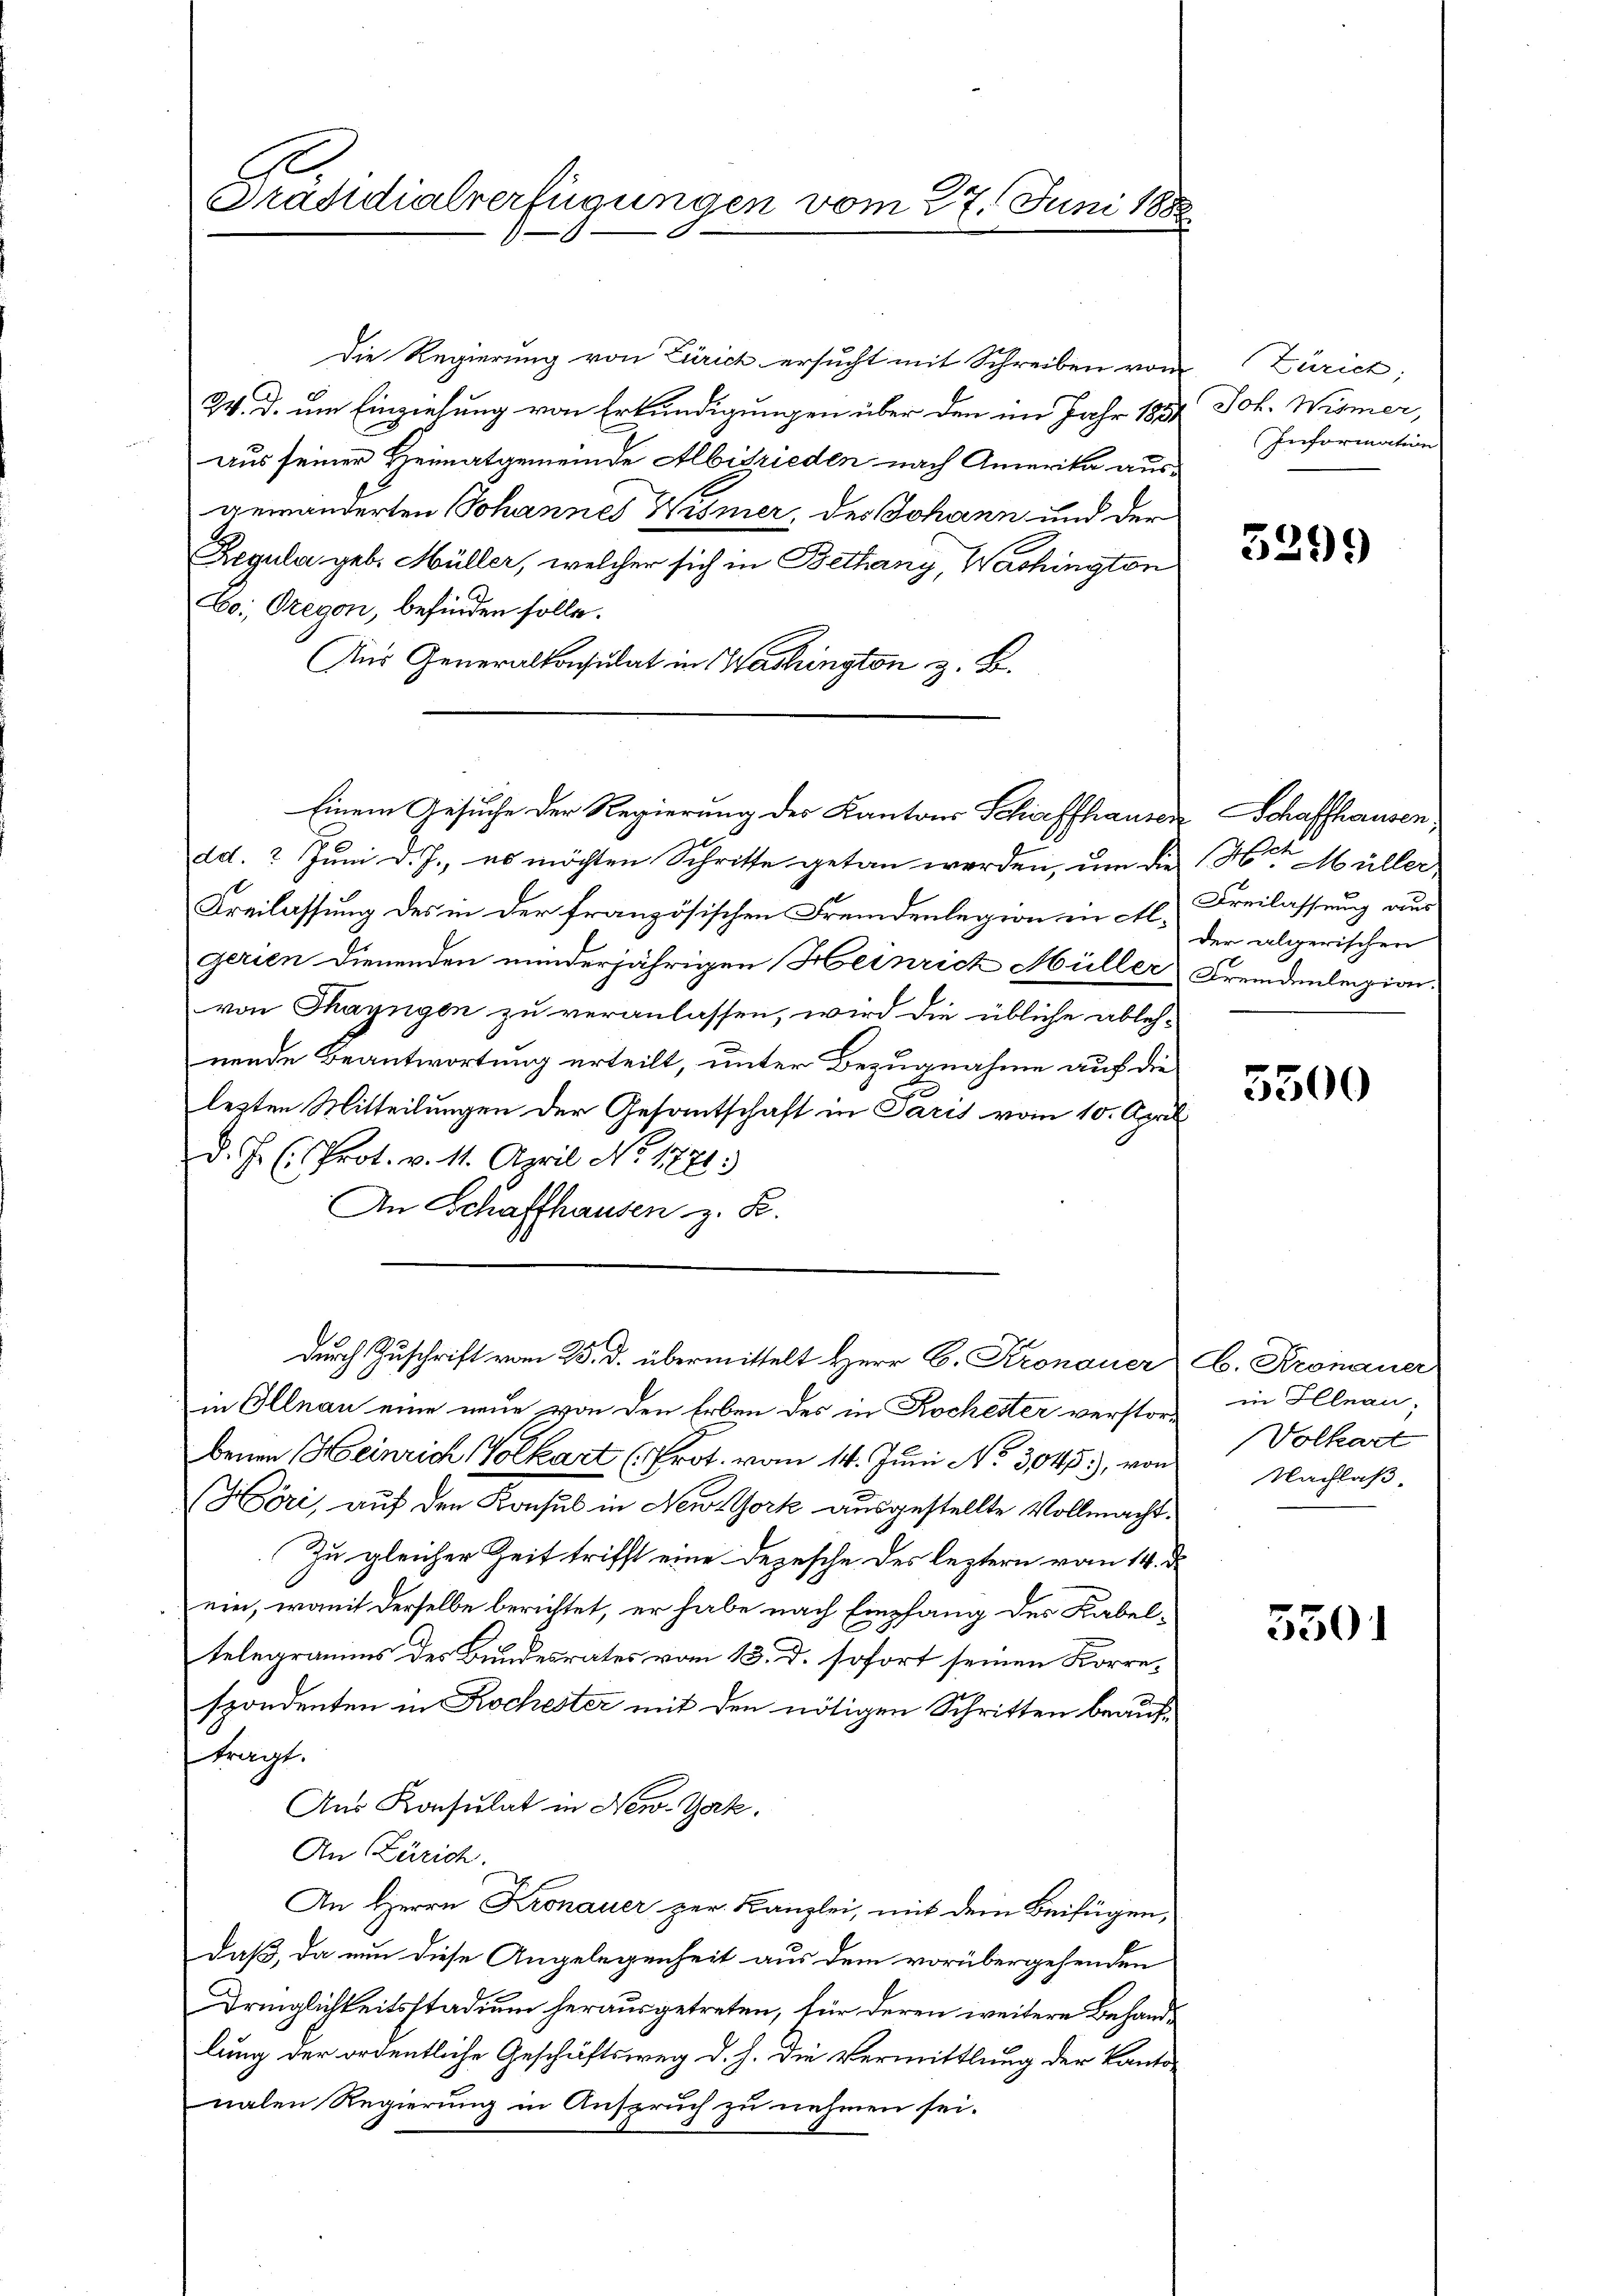
C
Präsidialverfügungen vom 27. Juni 188

Die Regierung von Zürich ersucht mit Schreiben von
24. d. um Einziehung von Erkundigungen über den im Jahr 1851
aus seiner Heimatgemeinde Albisrieden nach Amerika aus-
gemanderten Johannes Wismer, des Johann und der
Regular geb. Müller, welcher sich in Bethany, Washington
Lo; Gregon, befinden solle.
Aus Generalkonsulat in Washington z. B.
dd. 3 Juni d. J., es möchten Schritte getan werden, um die Herr Müller,
t
Freilassung des in der französischen Fremdenlegion in Algerien dienenden minderjährigen Heinrich Müller Fremdenlegion.
von Thayngen zu veranlassen, wird die übliche ablehnende Beantwortung erteilt, unter Bezugnahme auf die
lezten Mitteilungen der Gesantschaft in Paris vom 10. April
d. J. (Prot. v. 11. April No 1771.)
An Schaffhausen z. B.
durch Zuschrift vom 25. d. übermittelt Herr C. Kronauer C. Kronauer
in Illnau eine neue von den Erben des in Rochester verstor in Illnau;
benen Heinrich Volkart (Prot. vom 14. Juni No 3045, von Nachlaß
Höri, auf den Konsul in New-York ausgestellte Vollmacht.
Zu gleicher Zeit trifft eine Depesche des leztern vom 14. d.
ein, womit derselbe berichtet, er habe nach Empfang des Kabeltelegramms des Bundesrates vom 13. d. sofort seinen Korrespondenten in Kochester mit den nötigen Schritten beauftragt.
Aus Konsulat in New-Yak.
An Zürich.
An Herrn Kronauer zur Kanzlei, mit dem Beifügen,
daß, da nun diese Angelegenheit aus dem vorübergehenden
Dringlichkeitsstadium herausgetreten, für deren weitere Behandlung der ordentliche Geschäftsweg d. h. die Vermittlung der Kantonalen Regierung in Anspruch zu nehmen sei.

Einem Gesuche der Regierung der Kantons Schaffhausen Schaffhausen,

Zürich,
Joh. Wismer,
Information

3299

Freilassung aus
der algerischen

3500

Volkart

5501